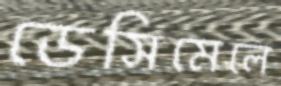
ডেসিমেলে